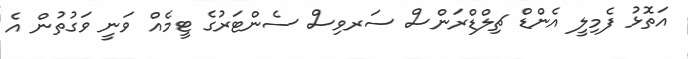
އަތޮޅު ފެމިލީ އެންޑް ޗިލްޑްރަންސް ސަރވިސް ސެންޓަރުގެ ޓީމެއް ވަނީ ވަގުތުން އެ